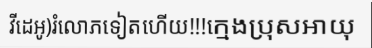
វីដេអូ)រំលោភទៀតហើយ!!!ក្មេងប្រុសអាយុ